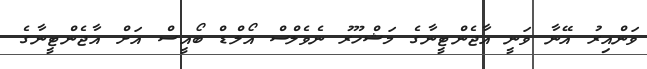
ވަންއިރު އޭނާ ވަނީ އާޖެންޓީނާގެ މަޝްހޫރު ނެވެލްސް އޯލްޑް ބޯއީސް އަށް އާޖެންޓީނާގެ